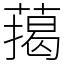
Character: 䔾